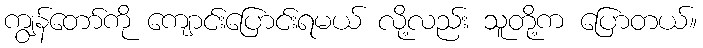
ကျွန်တော်ကို ကျောင်းပြောင်းရမယ် လို့လည်း သူတို့က ပြောတယ်။